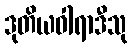
ဒုတိယဝါရာဒီသု